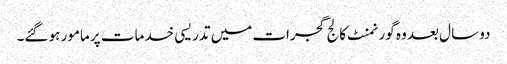
دو سال بعد وہ گورنمنٹ کالج گجرات میں تدریسی خدمات پر مامور ہو گئے۔